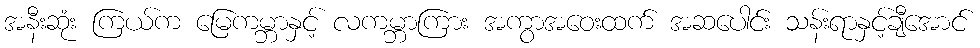
အနီးဆုံး ကြယ်က မြေကမ္ဘာနှင့် လကမ္ဘာကြား အကွာအဝေးထက် အဆပေါင်း သန်းရာနှင့်ချီအောင်